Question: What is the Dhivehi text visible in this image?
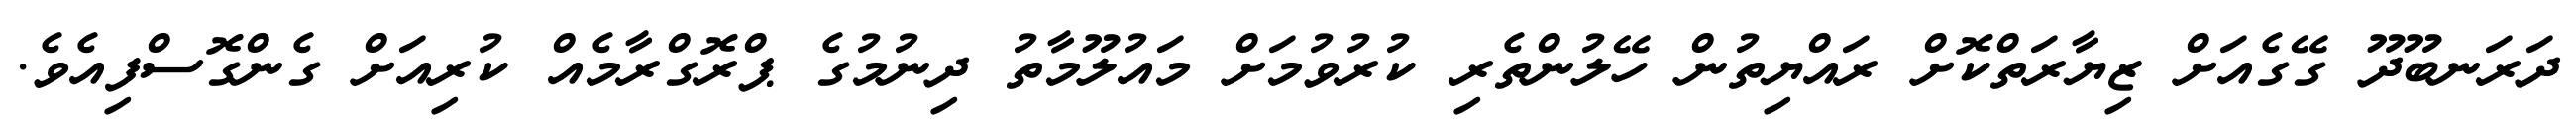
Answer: ދަރަނބޫދޫ ގޭގެއަށް ޒިޔާރަތްކޮށް ރައްޔިތުން ހޭލުންތެރި ކުރުވުމަށް މައުލޫމާތު ދިނުމުގެ ޕްރޮގްރާމެއް ކުރިއަށް ގެންގޮސްފިއެވެ.